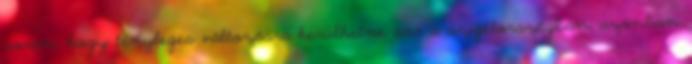
során, hogy tényleges változásra kerülhetne sor a szigetországban, azonban